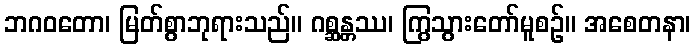
ဘဂဝတော၊ မြတ်စွာဘုရားသည်။ ဂစ္ဆန္တဿ၊ ကြွသွားတော်မူစဉ်။ အစေတနာ၊